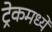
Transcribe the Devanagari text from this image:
ट्रेकमध्ये